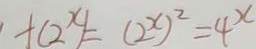
f ( 2 ^ { x } ) = ( 2 ^ { x } ) ^ { 2 } = 4 ^ { x }